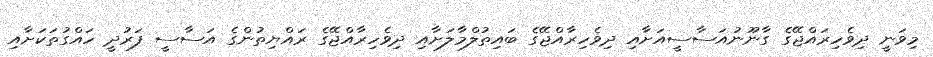
މިވަނީ ދިވެހިރައްޖޭގެ ގާނޫނުއަސާސީއަށާއި ދިވެހިރާއްޖޭގެ ބައިތުލްމާލަށާއި ދިވެހިރާއްޖޭގެ ރައްޔިތުންގެ އަސާސީ ފަރުދީ ހައްގުތަކަށާއި